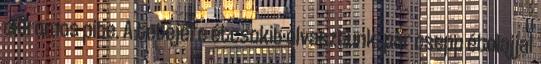
citromos pite. A tetejére étcsokit olvasztunk, pár csepp étolajjal